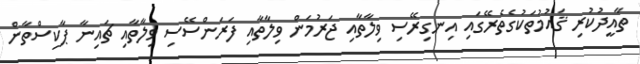
ތާއީދުކުރި ޤައުމުތަކުގެތެރޭގައި އިނގިރޭސި ވިލާތާއި ޖަރުމަން ވިލާތާއި ފަރަންސޭސި ވިލާތާއި ޗައިނާ ޕާކިސްތާން